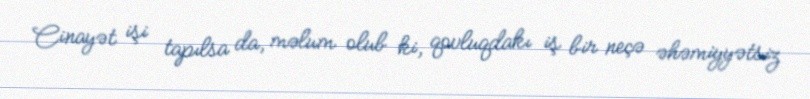
Cinayət işi tapılsa da, məlum olub ki, qovluqdakı iş bir neçə əhəmiyyətsiz